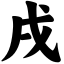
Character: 戌